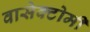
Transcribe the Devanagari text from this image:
वासेक्टोमी